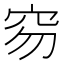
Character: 𥤽